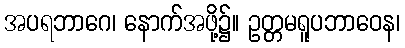
အပရဘာဂေ၊ နောက်အဖို့၌။ ဥတ္တမရူပဘာဝေန၊